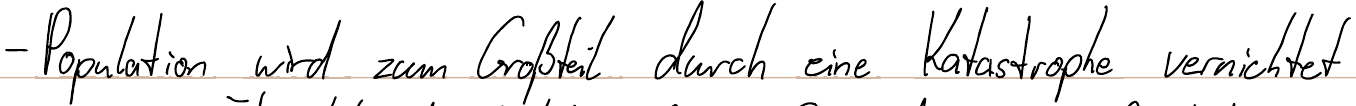
- Population wird zum Großteil durch eine Katastrophe vernichtet